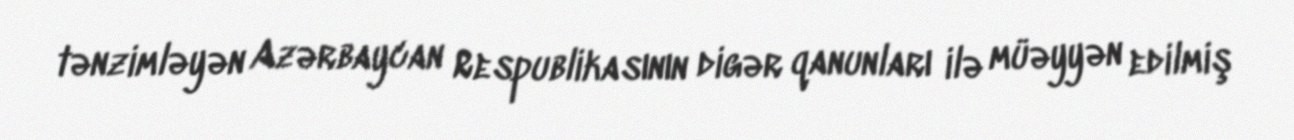
tənzimləyən Azərbaycan Respublikasının digər qanunları ilə müəyyən edilmiş